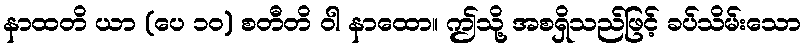
နာထတိ ယာ (ပေ ၁၀) စတီတိ ဝါ နာထော။ ဤသို့ အစရှိသည်ဖြင့် ခပ်သိမ်းသော